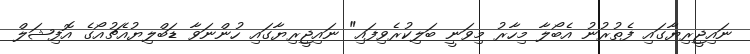
ނައިޖީރިޔާގައި ފެތުރުނު އެބޯލާ މިހާރު މިވަނީ ބަލިކުރެވިފައި" ނައިޖީރިޔާގައި ހުންނަވާ ޑަބްލިޔުއެޗުއޯގެ އޮފިޝަލް